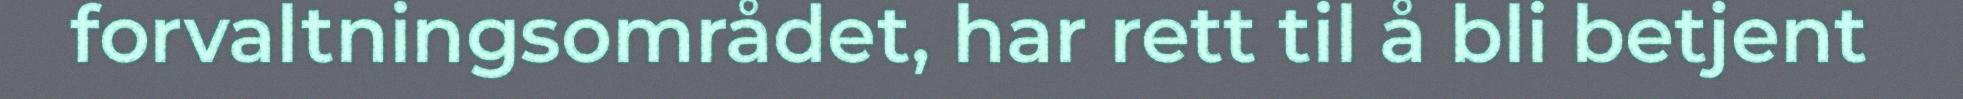
forvaltningsområdet, har rett til å bli betjent